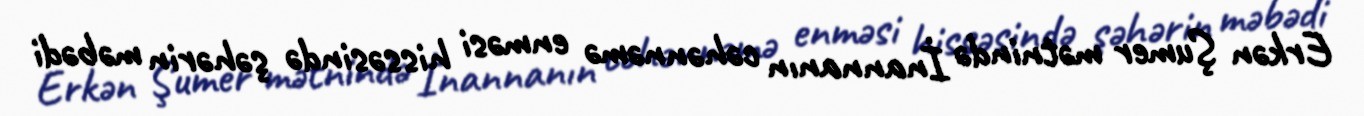
Erkən Şumer mətnində İnannanın cəhənnəmə enməsi hissəsində şəhərin məbədi